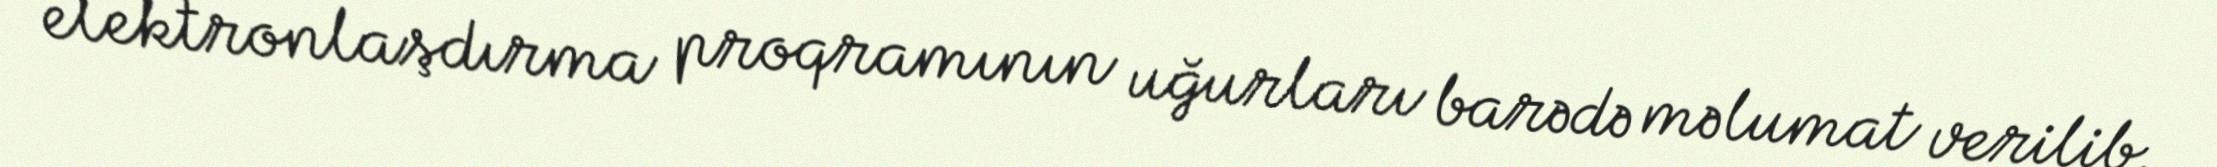
elektronlaşdırma proqramının uğurları barədə məlumat verilib.